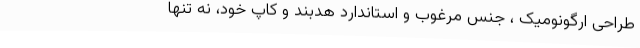
طراحی ارگونومیک ، جنس مرغوب و استاندارد هدبند و کاپ خود، نه تنها